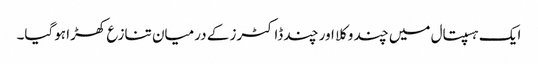
ایک ہسپتال میں چند وکلا اور چند ڈاکٹرز کے درمیان تنازع کھڑا ہوگیا۔